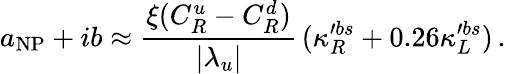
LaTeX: a_{\mathrm{NP}}+ib\approx\frac{\xi(C_{R}^{u}-C_{R}^{d})}{|\lambda_{u}|}\, (\kappa_{R}^{\prime bs}+0.26\kappa_{L}^{\prime bs})\, .